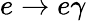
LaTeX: e\rightarrow e\gamma